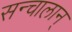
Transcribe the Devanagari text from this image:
सन्चालान्